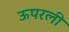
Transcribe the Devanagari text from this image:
ऊपरली